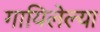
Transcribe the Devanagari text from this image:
गायिलेल्या